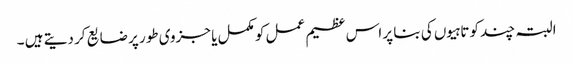
البتہ چند کوتاہیوں کی بنا پر اس عظیم عمل کو مکمل یا جزوی طور پر ضایع کر دیتے ہیں ۔